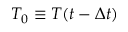
T _ { 0 } \equiv T ( t - \Delta t )